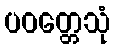
ပဝတ္တေသုံ